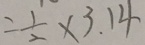
= \frac { 1 } { 2 } \times 3 . 1 4